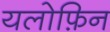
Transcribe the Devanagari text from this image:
यलोफ़िन